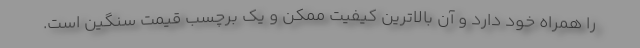
را همراه خود دارد و آن بالاترین کیفیت ممکن و یک برچسب قیمت سنگین است.